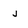
Character: j